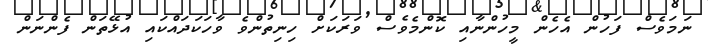
ނަމަވެސް ފަހުން އެހެން މީހުންނާއި ކޮންމެވެސް ވަރަކަށް ހިނިތުންވެ ވާހަކަދައްކައި އުޅޭތަން ފެންނަން